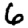
Digit: 6